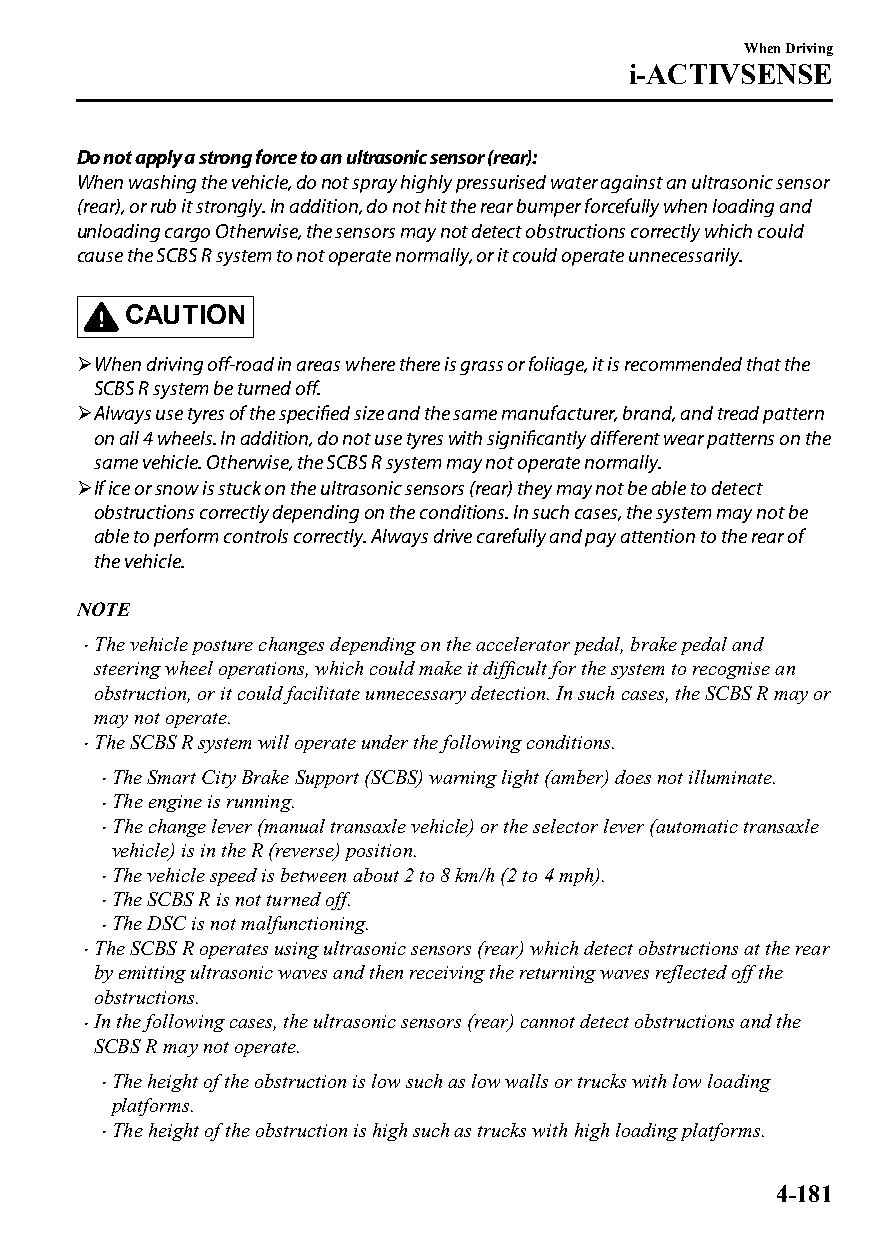
When Driving
 i-ACTIVSENSE
 Do not apply a strong force to an ultrasonic sensor (rear):
 When washing the vehicle, do not spray highly pressurised water against an ultrasonic sensor
 (rear), or rub it strongly. In addition, do not hit the rear bumper forcefully when loading and
 unloading cargo Otherwise, the sensors may not detect obstructions correctly which could
 cause the SCBS R system to not operate normally, or it could operate unnecessarily.
 CAUTION
 When driving off-road in areas where there is grass or foliage, it is recommended that the
 SCBS R system be turned off.
 Always use tyres of the specified size and the same manufacturer, brand, and tread pattern
 on all 4 wheels. In addition, do not use tyres with significantly different wear patterns on the
 same vehicle. Otherwise, the SCBS R system may not operate normally.
 If ice or snow is stuck on the ultrasonic sensors (rear) they may not be able to detect
 obstructions correctly depending on the conditions. In such cases, the system may not be
 able to perform controls correctly. Always drive carefully and pay attention to the rear of
 the vehicle.
 NOTE
 The vehicle posture changes depending on the accelerator pedal, brake pedal and
 
 steering wheel operations, which could make it difficult for the system to recognise an
 obstruction, or it could facilitate unnecessary detection. In such cases, the SCBS R may or
 may not operate.
 The SCBS R system will operate under the following conditions.
 
 The Smart City Brake Support (SCBS) warning light (amber) does not illuminate.
 
 The engine is running.
 
 The change lever (manual transaxle vehicle) or the selector lever (automatic transaxle
 
 vehicle) is in the R (reverse) position.
 The vehicle speed is between about 2 to 8 km/h (2 to 4 mph).
 
 The SCBS R is not turned off.
 
 The DSC is not malfunctioning.
 
 The SCBS R operates using ultrasonic sensors (rear) which detect obstructions at the rear
 
 by emitting ultrasonic waves and then receiving the returning waves reflected off the
 obstructions.
 In the following cases, the ultrasonic sensors (rear) cannot detect obstructions and the
 
 SCBS R may not operate.
 The height of the obstruction is low such as low walls or trucks with low loading
 
 platforms.
 The height of the obstruction is high such as trucks with high loading platforms.
 
 4-181
 CX-3_8GT4-EE-18D_Edition4                  2018-9-6 18:32:19